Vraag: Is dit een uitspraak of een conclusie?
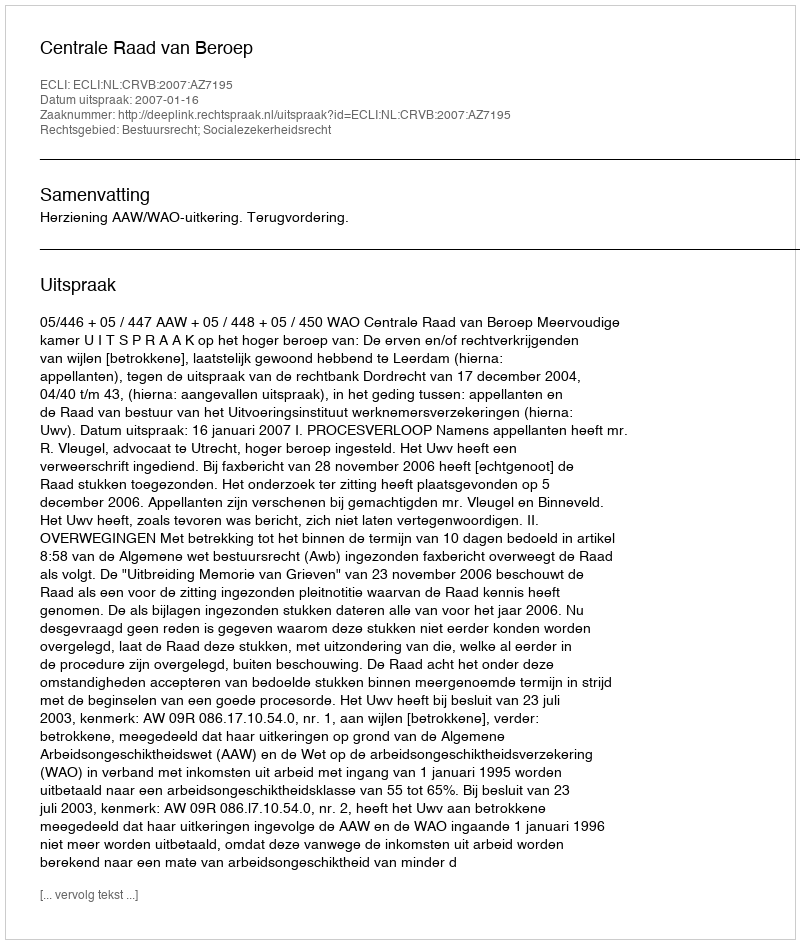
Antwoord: Uitspraak